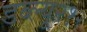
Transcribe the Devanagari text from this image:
डब्ल्यू२१२